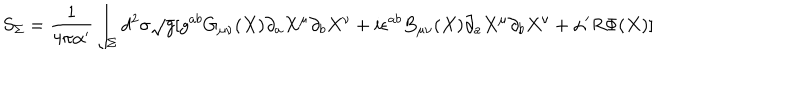
LaTeX: S _ { \Sigma } = \frac { 1 } { 4 \pi \alpha ^ { \prime } } \int _ { \Sigma } d ^ { 2 } \sigma \sqrt g [ g ^ { a b } G _ { \mu \nu } ( X ) \partial _ { a } X ^ { \mu } \partial _ { b } X ^ { \nu } + i \epsilon ^ { a b } B _ { \mu \nu } ( X ) \partial _ { a } X ^ { \mu } \partial _ { b } X ^ { \nu } + \alpha ^ { \prime } R \Phi ( X ) ]